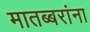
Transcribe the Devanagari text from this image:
मातब्बरांना